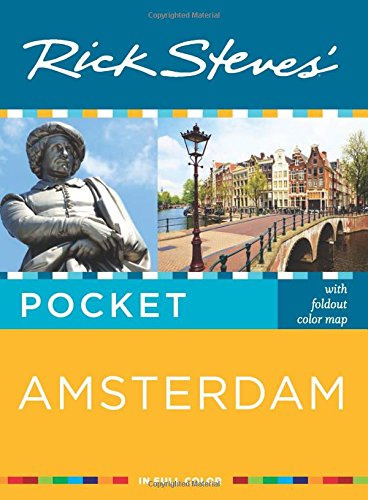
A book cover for Rick Steves' Pocket Amsterdam; Rick Steves; Travel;